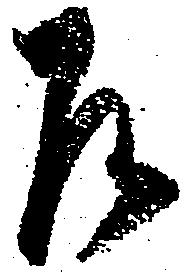
乍